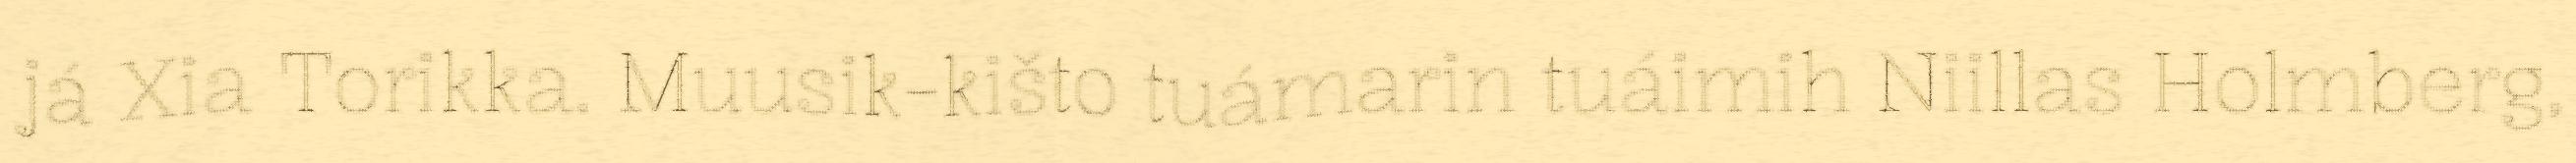
já Xia Torikka. Muusik-kišto tuámarin tuáimih Niillas Holmberg,